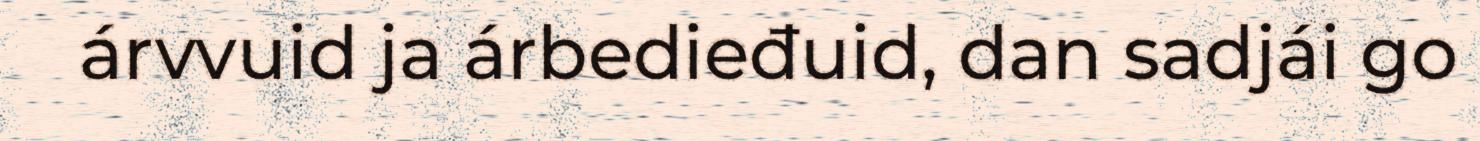
árvvuid ja árbedieđuid, dan sadjái go